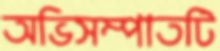
অভিসম্পাতটি